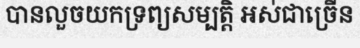
បានលួចយកទ្រព្យសម្បត្តិ អស់ជាច្រើន